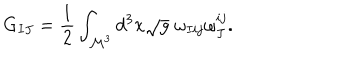
G _ { I J } = \frac { 1 } { 2 } \int _ { \mathcal { M } ^ { 3 } } d ^ { 3 } x \sqrt { g } \; \omega _ { I i j } \omega _ { J } ^ { i j } .